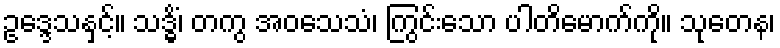
ဥဒ္ဒေသနှင့်။ သဒ္ဓိံ၊ တကွ အဝသေသံ၊ ကြွင်းသော ပါတိမောက်ကို။ သုတေန၊